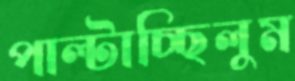
পাল্‌টাচ্ছিলুম